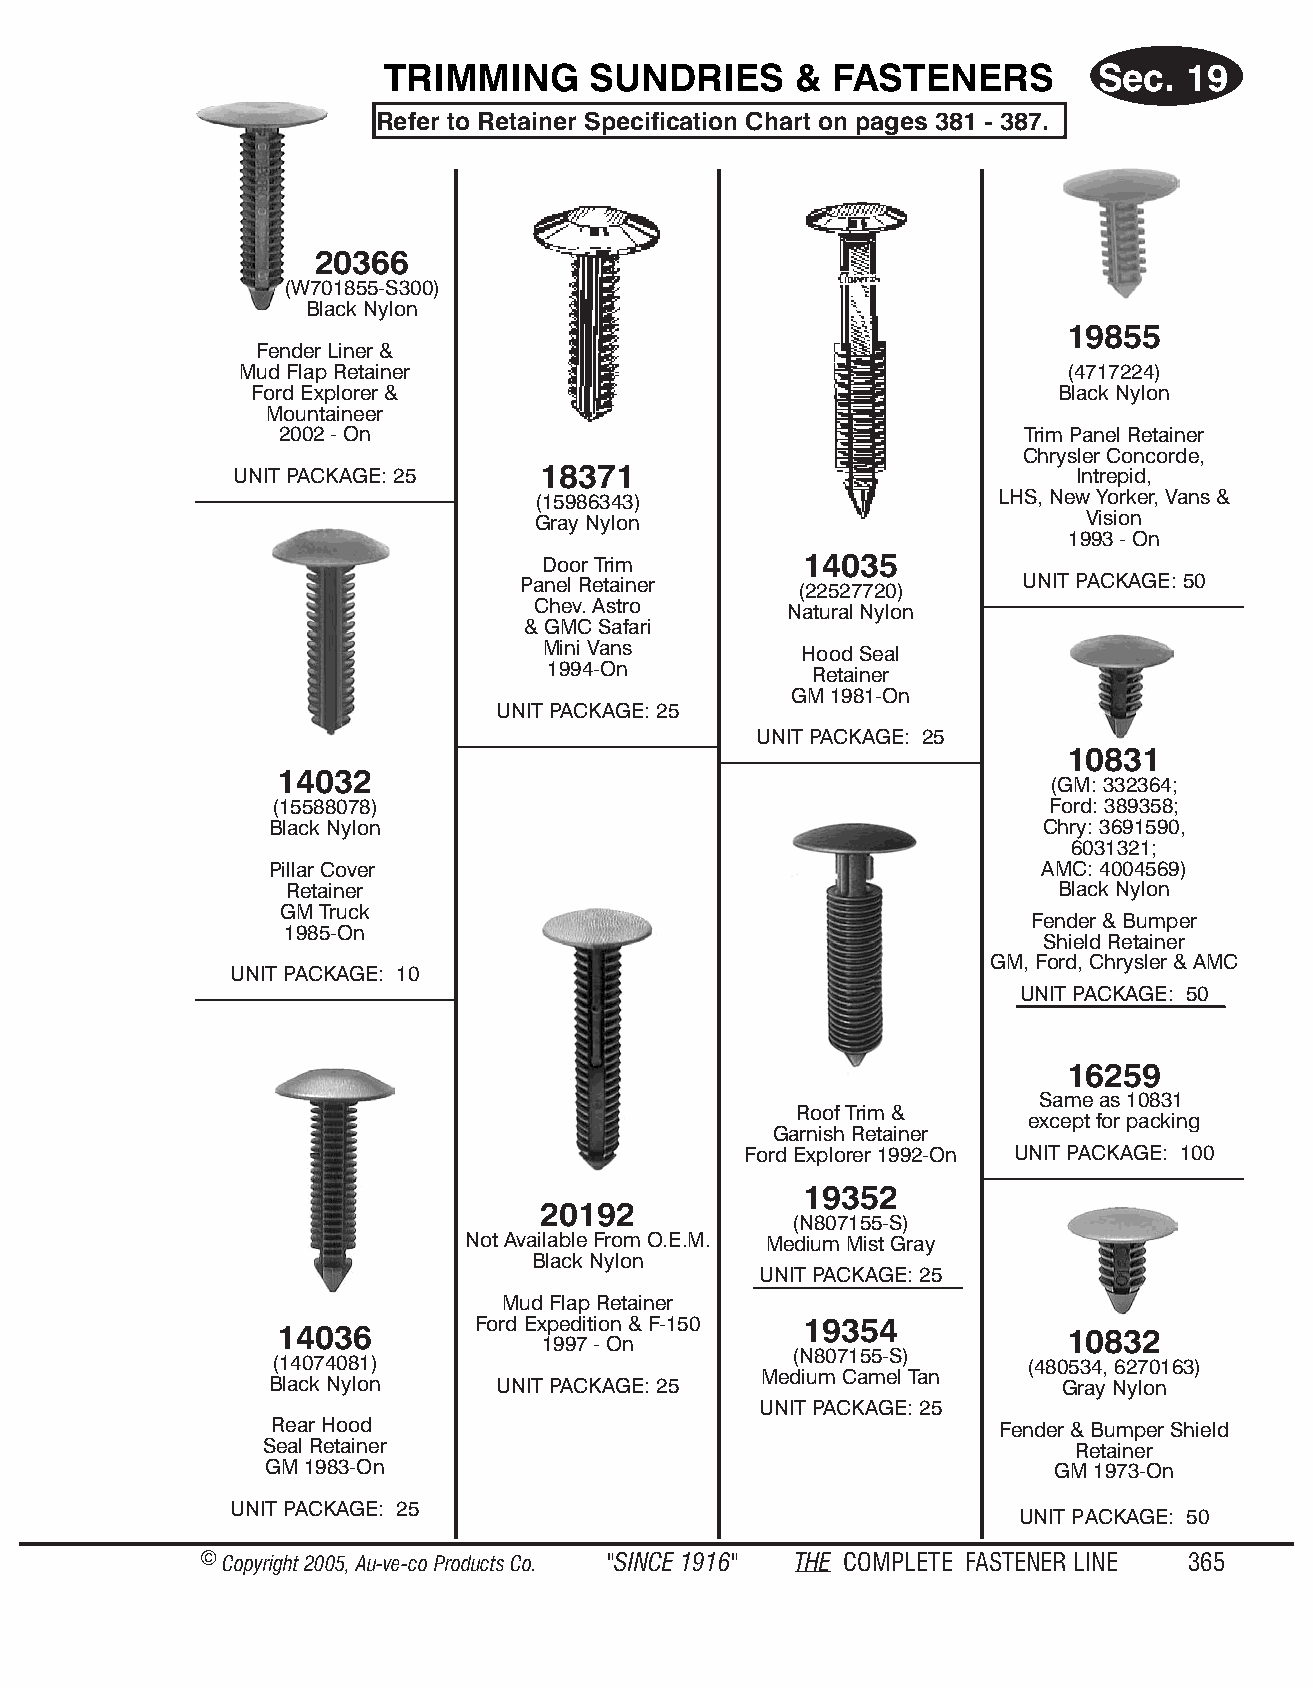
TRIM  MING   SUN   DRIES   & FAS  TEN  ERS     Sec.  19
 Re fer to Re tainer Spec if i ca tion Chart on pages 381 - 387.
 20366
 (W701855-S300)
 Black Nylon
 19855
 Fender Liner &
 Mud Flap Retainer                                      (4717224)
 Ford Explorer &                                      Black Nylon
 Mountaineer
 2002 - On                                        Trim Panel Retainer
 Chrysler Concorde,
 UNIT PACKAGE: 25    18371                              Intrepid,
 (15986343)                    LHS, New Yorker, Vans &
 Gray Nylon                          Vision
 1993 - On
 Door Trim        14035
 Panel Retainer    (22527720)     UNIT PACKAGE: 50
 Chev. Astro     Natural Nylon
 & GMC Safari
 Mini Vans        Hood Seal
 1994-On           Retainer
 GM 1981-On
 UNIT PACK AGE: 25
 UNIT PACKAGE: 25
 10831
 14032
 (GM: 332364;
 (15588078)                                          Ford: 389358;
 Black Nylon                                        Chry: 3691590,
 6031321;
 Pillar Cover                                       AMC: 4004569)
 Retainer                                           Black Nylon
 GM Truck
 Fender & Bumper
 1985-On
 Shield Ret ainer
 GM, Ford, Chrysl er & AMC
 UNIT PACKAGE: 10
 UNIT PACK AGE: 50
 16259
 Same as 10831
 Roof Trim &
 exc ept for packi ng
 Garnish Retainer
 Ford Explorer 1992-On UNIT PACKAGE: 100
 19352
 20192
 (N807155-S)
 Not Available From O.E.M. Me dium Mist Gray
 Black Nylon
 UNIT PACK AGE: 25
 Mud Flap Retainer
 Ford Expedition & F-150 19354
 14036                                               10832
 1997 - On
 (N807155-S)
 (14074081)                                        (480534, 6270163)
 Me dium Camel Tan
 Black Nylon    UNIT PACKAGE: 25                      Gray Nylon
 UNIT PACK AGE: 25
 Rear Hood                                       Fender & Bumper Shield
 Seal Retainer                                        Re tainer
 GM 1983-On                                          GM 1973-On
 UNIT PACKAGE: 25
 UNIT PACKAGE: 50
 © Copyr ight 2005, Au-ve-co Produ cts Co. "SINCE 1916" THE COM PLETE FAST ENER LINE 365